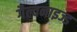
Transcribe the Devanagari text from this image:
गैल्वनाइज्ड